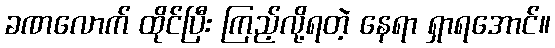
ခဏလောက် ထိုင်ပြီး ကြည့်လို့ရတဲ့ နေရာ ရှာရအောင်။